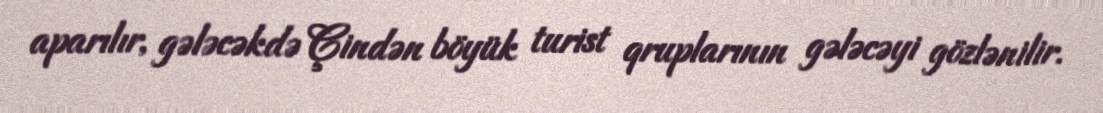
aparılır, gələcəkdə Çindən böyük turist qruplarının gələcəyi gözlənilir.